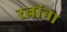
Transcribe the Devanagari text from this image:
रत्नांना